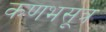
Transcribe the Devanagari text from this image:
कणभसूत्र